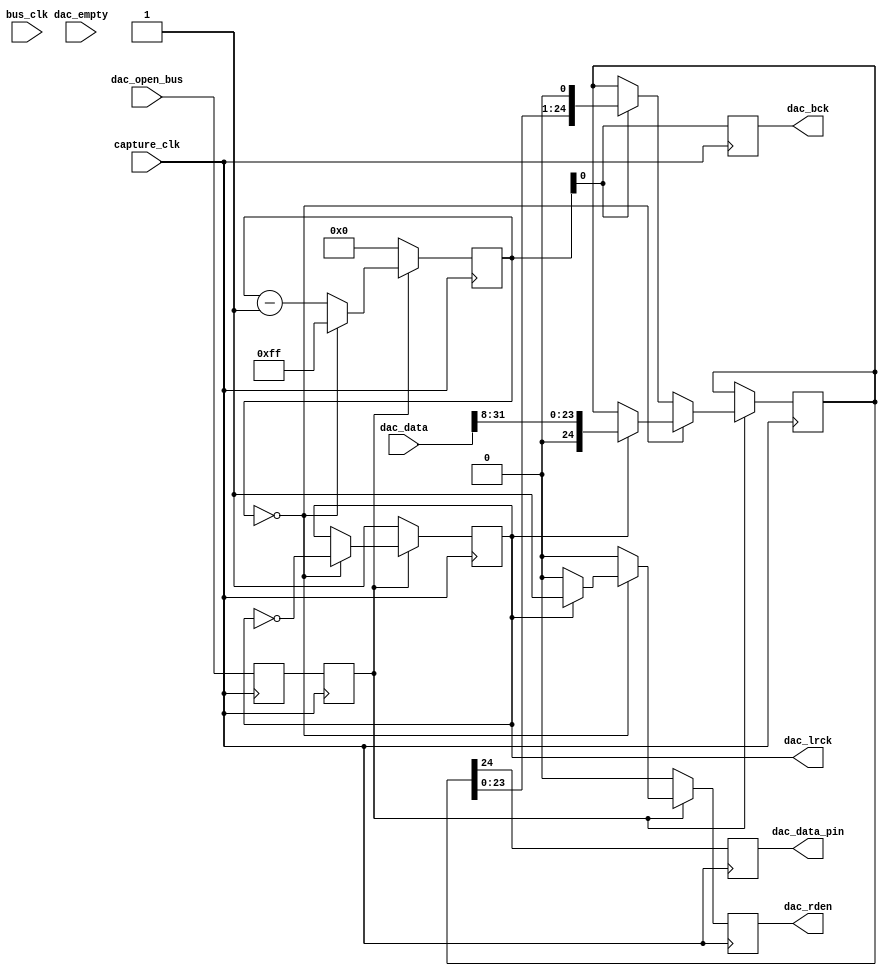
// Interface to TI PCM1794A.  Currently we only support single-channel output,
// with data sent to the left channel.  This will work with the DAC's mono
// mode, where the two outputs are complementary differential.  We are using
// I2S data format, 24 bit.
//
// DAC should be strapped for:
//   {MONO, CHSL, FMT1, FMT0} = 4'b1000
//
// This selects mono, left channel, I2S, sharp output filter rolloff.
// 
module dac_interface
  // `include "interface_params.v"
  (
   // Hardware pins: SCK system clock is routed directly from capture_clk.
   // RST reset is not available on the off-the-shelf board.

   // Serial data bit clock.  Data is clocked in on the rising edge of BCK.
   // Frequency is half of capture_clk.  We run BCK continuously (when we are
   // not in reset), sending zero pad data if we have finished the actual
   // data.  There are many excess bit periods in every LRCK window (see
   // lrck_divisor below).
   output reg 	     dac_bck,

   // Serial data, MSB first, followed by zero pad data.  In I2S the first
   // posedge on BCK is a dummy bit, see below.
   output reg 	     dac_data_pin,

   // left/right clock.  The rising and trailing edges of LRCK indicate data
   // should be latched.  This is the actual sample rate clock.  The left data
   // is transferred when LRCK is low, so the left data is *latched* by DAC on
   // the positive edge.  I imagine that the data is clocked into the channel
   // DACs simultaneously, on the negative edge of LRCK (after the right
   // sample data word is complete).  LRCK transitions on a negative edge of
   // BCK, the last bit period of the sample.  (No actual data is transmitted
   // in this last bit period because in I2S the data is at the beginning of
   // the LR window, left justified.)  The full sample period is left then
   // right, so the first LRCK phase is low.
   output reg 	     dac_lrck,

   // Data acqusition clock.  This is the system clock for the DAC (SCK).
   // Must be one of several permissable multiples of LRCK rate, but is not
   // required to have any particular phase relationship.  For us, this is
   // used to generate LRCK (and BCK), so is in-phase.  At 48 ksps this is
   // 24.576 MHz.
   input wire 	     capture_clk,

   // Processor 100 MHz clock, maybe needed for synchronization?
   input wire 	     bus_clk,

   // ### currently we just always output continuously, regardless of
   // whether there is any new data available or not.  We ignore
   // dac_empty (whether there is data in the FIFO), but hold this
   // module in reset when the DAC pipe is not open.

   // Input from Xillybus, true if the DAC pipe is open (bus_clk domain).
   input wire 	     dac_open_bus,

   // FIFO interface
   output reg 	     dac_rden,
   input wire [31:0] dac_data,
   input wire 	     dac_empty
   );

   // True when DAC data pipe is not open.
   wire 	     reset;
   
   // Output shifter. Data goes out MSB first, so gets shifted left, shifting
   // in zeros.  When all the data has been sent we keep shifting in and
   // sending zeros.  Data is loaded in [23:0], with bit 24 zero.  Bit 24 is
   // the dummy bit at the beginning each L/R word in I2S format.
   reg [24:0] 	     dac_shifter = 0;
	     
   // How many capture_clk (SCK) cycles for each output sample. Only certain
   // values are supported by DAC (they are all even).  The DAC automatically
   // figures out which divisor you are using.
   //
   // The 512 divisor is more or less forced by need for synchronous ADC and
   // DAC sample rates.  It has to be bigger than 256 in order for there to be
   // enough clocks for the ADC.  We only need 2 channels * 25 bits (with
   // dummy) * 2 SCK/BCK, or 100.  We don't explicitly count pad bits, but if
   // I reckon correctly there are 103 zero pad bits after each 24+1 bit L/R
   // data word.
   parameter lrck_divisor = 512;

   // Where we are in the LRCK cycle.
   reg [9:0] 	     lrck_counter = 0;

   always @(posedge capture_clk) begin
      if (reset) begin
	 // Like we were in right word so that we treat first cycle as left.
	 dac_lrck <= 1; 
	 dac_rden <= 0;
	 lrck_counter <= 0;
      end
      else if (lrck_counter == 0) begin
	 // lrck_counter == 0 means that the new BCK will be negative on this
	 // capture_clk cycle (negative BCK edge).  The other pins (BCK and
	 // DATA) always transition on a negative BCK edge (even
	 // lrck_counter).
	 
	 // -1 because we count 255 down to 0.  Note also that this maintains
	 // the BCK phase, since an odd cycle has to follow an even one
	 // (zero).
	 lrck_counter <= (lrck_divisor / 2) - 1;
	 
	 // LRCK should transition on a negative edge of BCK.  Since counter
	 // is now zero, we are going put out negative edge on this cycle.  So
	 // all is groovy. (The negative edge of the last bit period in the
	 // current L/R output word.)
	 dac_lrck <= ~dac_lrck;

	 if (dac_lrck) begin
	    // LRCK is high, so we are ending a right period (and beginning a
	    // left, moving to the next sample).  Set up new output data.

	    // Truncate the sample from 32 bits down to 24.  Add I2S start pad
	    // bit.
	    dac_shifter <= {1'b0, dac_data[31:8]};

	    // Read FIFO now so data is ready when we next want it.  We handle
	    // FIFO empty by ignoring it.  According to FIFO doc it is OK to
	    // read when there is no data, and this is a NOOP.  So I expect
	    // this will keep clocking out the last sample over and over (or
	    // whatever the initial dac_data contents are).
	    dac_rden <= 1;
	 end
	 else begin
	    // If we are in a left period (so are beginning a right) then we
	    // don't do anything, just leave zeros in the dac_shifter.
	    // ### right channel support goes here
	    dac_rden <= 0;
	 end
      end
      else begin
	 dac_rden <= 0;
	 
	 lrck_counter <= lrck_counter - 1;
	 if (lrck_counter[0])
	    // New data is shifted out on negative edge of BCK.  Counter is
	    // odd now, so new BCK is low (negative edge).
	   dac_shifter <= {dac_shifter[23:0], 1'b0};
      end

      // These guys just always keep rolling.
      dac_bck <= lrck_counter[0];
      dac_data_pin <= dac_shifter[24];
   end

   
   /// Xillybus stuff:


   // Clock crossing logic: bus_clk -> capture_clk
   (* ASYNC_REG = "TRUE" *) reg dac_open = 0;
   (* ASYNC_REG = "TRUE" *) reg dac_open_cross = 0;
   always @(posedge capture_clk)
     begin
	dac_open_cross <= dac_open_bus;
	dac_open <= dac_open_cross;
     end

   // We hold the DAC interface in reset when the DAC pipe is not open.
   assign reset = ~dac_open;

endmodule